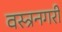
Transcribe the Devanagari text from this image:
वस्त्रनगरी